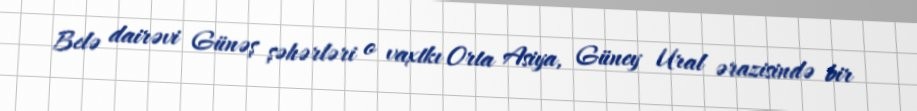
Belə dairəvi Günəş şəhərləri o vaxtkı Orta Asiya, Güney Ural ərazisində bir